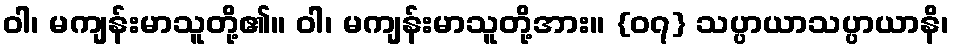
ဝါ၊ မကျန်းမာသူတို့၏။ ဝါ၊ မကျန်းမာသူတို့အား။ {၀၇} သပ္ပာယာသပ္ပာယာနိ၊